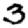
Digit: 3